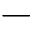
-